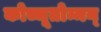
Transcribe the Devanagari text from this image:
कोच्चूतोम्मन्